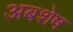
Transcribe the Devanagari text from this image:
अबशेष